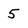
Character: 5